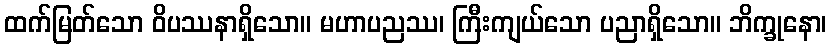
ထက်မြတ်သော ဝိပဿနာရှိသော။ မဟာပညဿ၊ ကြီးကျယ်သော ပညာရှိသော။ ဘိက္ခုနော၊